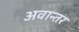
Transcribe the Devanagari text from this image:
अवान्‍तर